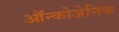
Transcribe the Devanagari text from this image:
ऑन्कोजेनिक